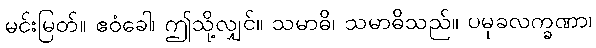
မင်းမြတ်။ ဧဝံခေါ၊ ဤသို့လျှင်။ သမာဓိ၊ သမာဓိသည်။ ပမုခလက္ခဏာ၊